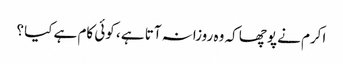
اکرم نے پوچھا کہ وہ روزانہ آتا ہے ، کوئی کام ہے کیا ؟